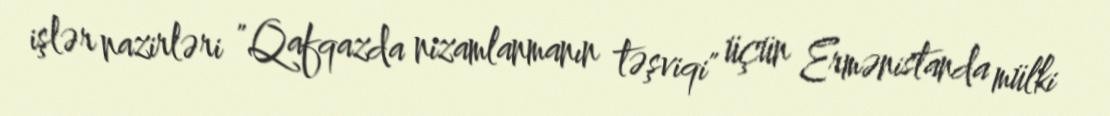
işlər nazirləri "Qafqazda nizamlanmanın təşviqi" üçün Ermənistanda mülki